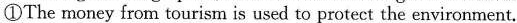
①The money from tourism is used to protect the environment.